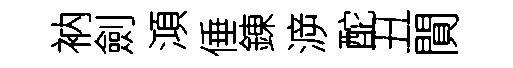
衲劍澒倕錬㴑酡丑閴